Scottish Certificate of Education, 1963
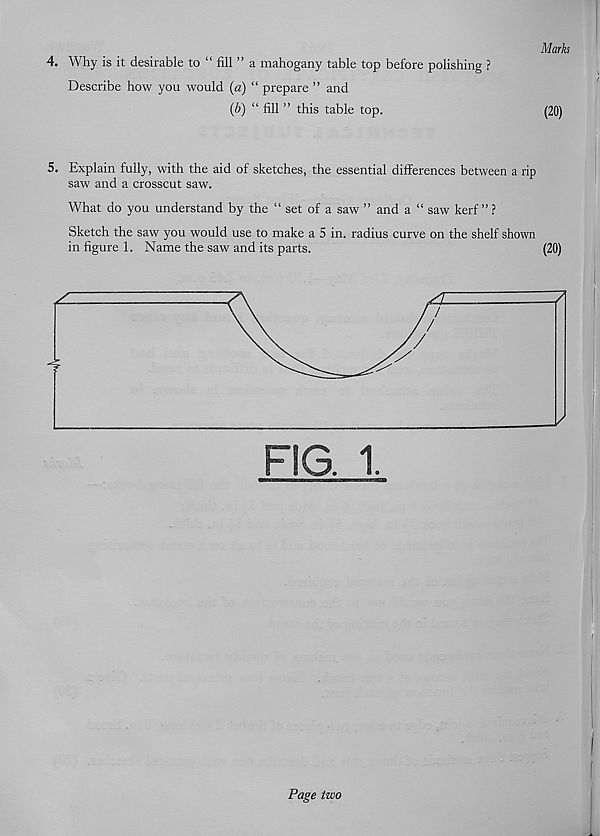
Mark
4. Why is it desirable to “ fill ” a mahogany table top before polishing ?
Describe how you would (a) “ prepare ” and
(b) “ fill ” this table top.
(20)
5. Explain fully, with the aid of sketches, the essential differences between a rip
saw and a crosscut saw.
What do you understand by the “ set of a saw ” and a “ saw kerf” ?
Sketch the saw you would use to make a 5 in. radius curve on the shelf shown
in figure 1. Name the saw and its parts.
(20)
Page two